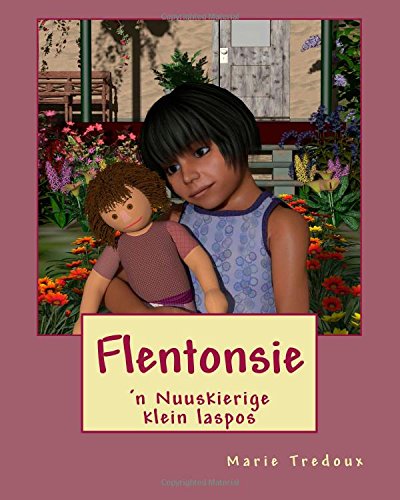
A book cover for Flentonsie: Nuuskierige klein laspos (Afrikaans Edition); Marie Tredoux; Teen & Young Adult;